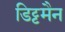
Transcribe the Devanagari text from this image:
डिट्टमैन